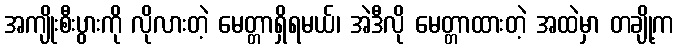
အကျိုးစီးပွားကို လိုလားတဲ့ မေတ္တာရှိရမယ်၊ အဲဒီလို မေတ္တာထားတဲ့ အထဲမှာ တချို့က